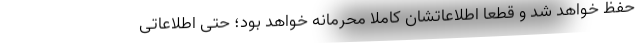
حفظ خواهد شد و قطعا اطلاعاتشان کاملا محرمانه خواهد بود؛ حتی اطلاعاتی